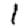
Digit: 1